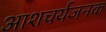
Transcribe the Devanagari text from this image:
आशचर्यजनक